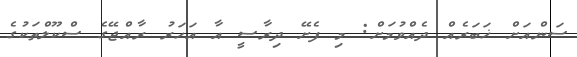
ސަންއަށް ޚަބަރެއް ދެއްވުމަށް: މި ފެށޭ ދިރާސީ އާ އަހަރު ރާއްޖޭގެ ސްކޫލްތަކުގެ